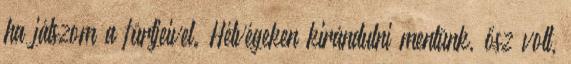
ha játszom a fürtjeivel. Hétvégeken kirándulni mentünk, ősz volt,